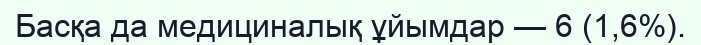
Басқа да медициналық ұйымдар — 6 (1,6%).